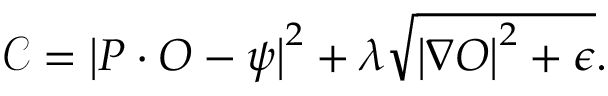
\mathcal { C } = \left| P \cdot O - \psi \right| ^ { 2 } + \lambda \sqrt { \left| \nabla O \right| ^ { 2 } + \epsilon } .